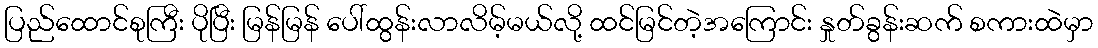
ပြည်ထောင်စုကြီး ပိုပြီး မြန်မြန် ပေါ်ထွန်းလာလိမ့်မယ်လို့ ထင်မြင်တဲ့အကြောင်း နှုတ်ခွန်းဆက် စကားထဲမှာ